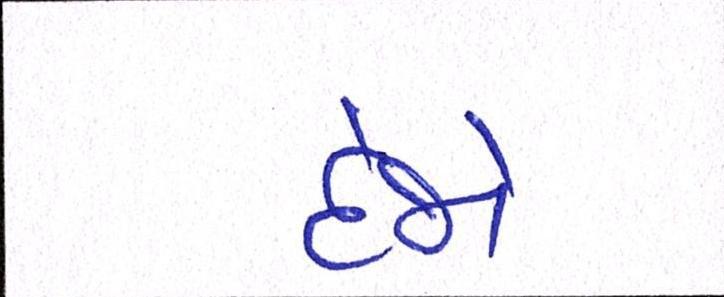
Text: દેજો